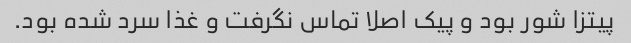
پیتزا شور بود و پیک اصلا تماس نگرفت و غذا سرد شده بود.